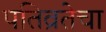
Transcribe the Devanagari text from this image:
पतिव्रतेचा